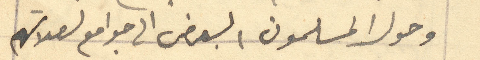
وحول المسلمون البعض الى جوامع لصلاتهم